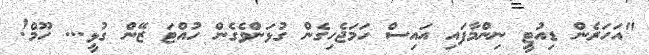
"އަހަރެން ޑިއުޓީ ނިންމާފައި އައިސް ހަމަޖެހިގެން ގުޅަންވެގެން ހުއްޓަ ޒޭން ގުޅީ... ހޫމް!